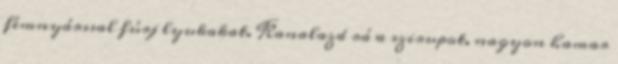
fémnyárssal fúrj lyukakat. Kanalazd rá a szirupot, nagyon hamar